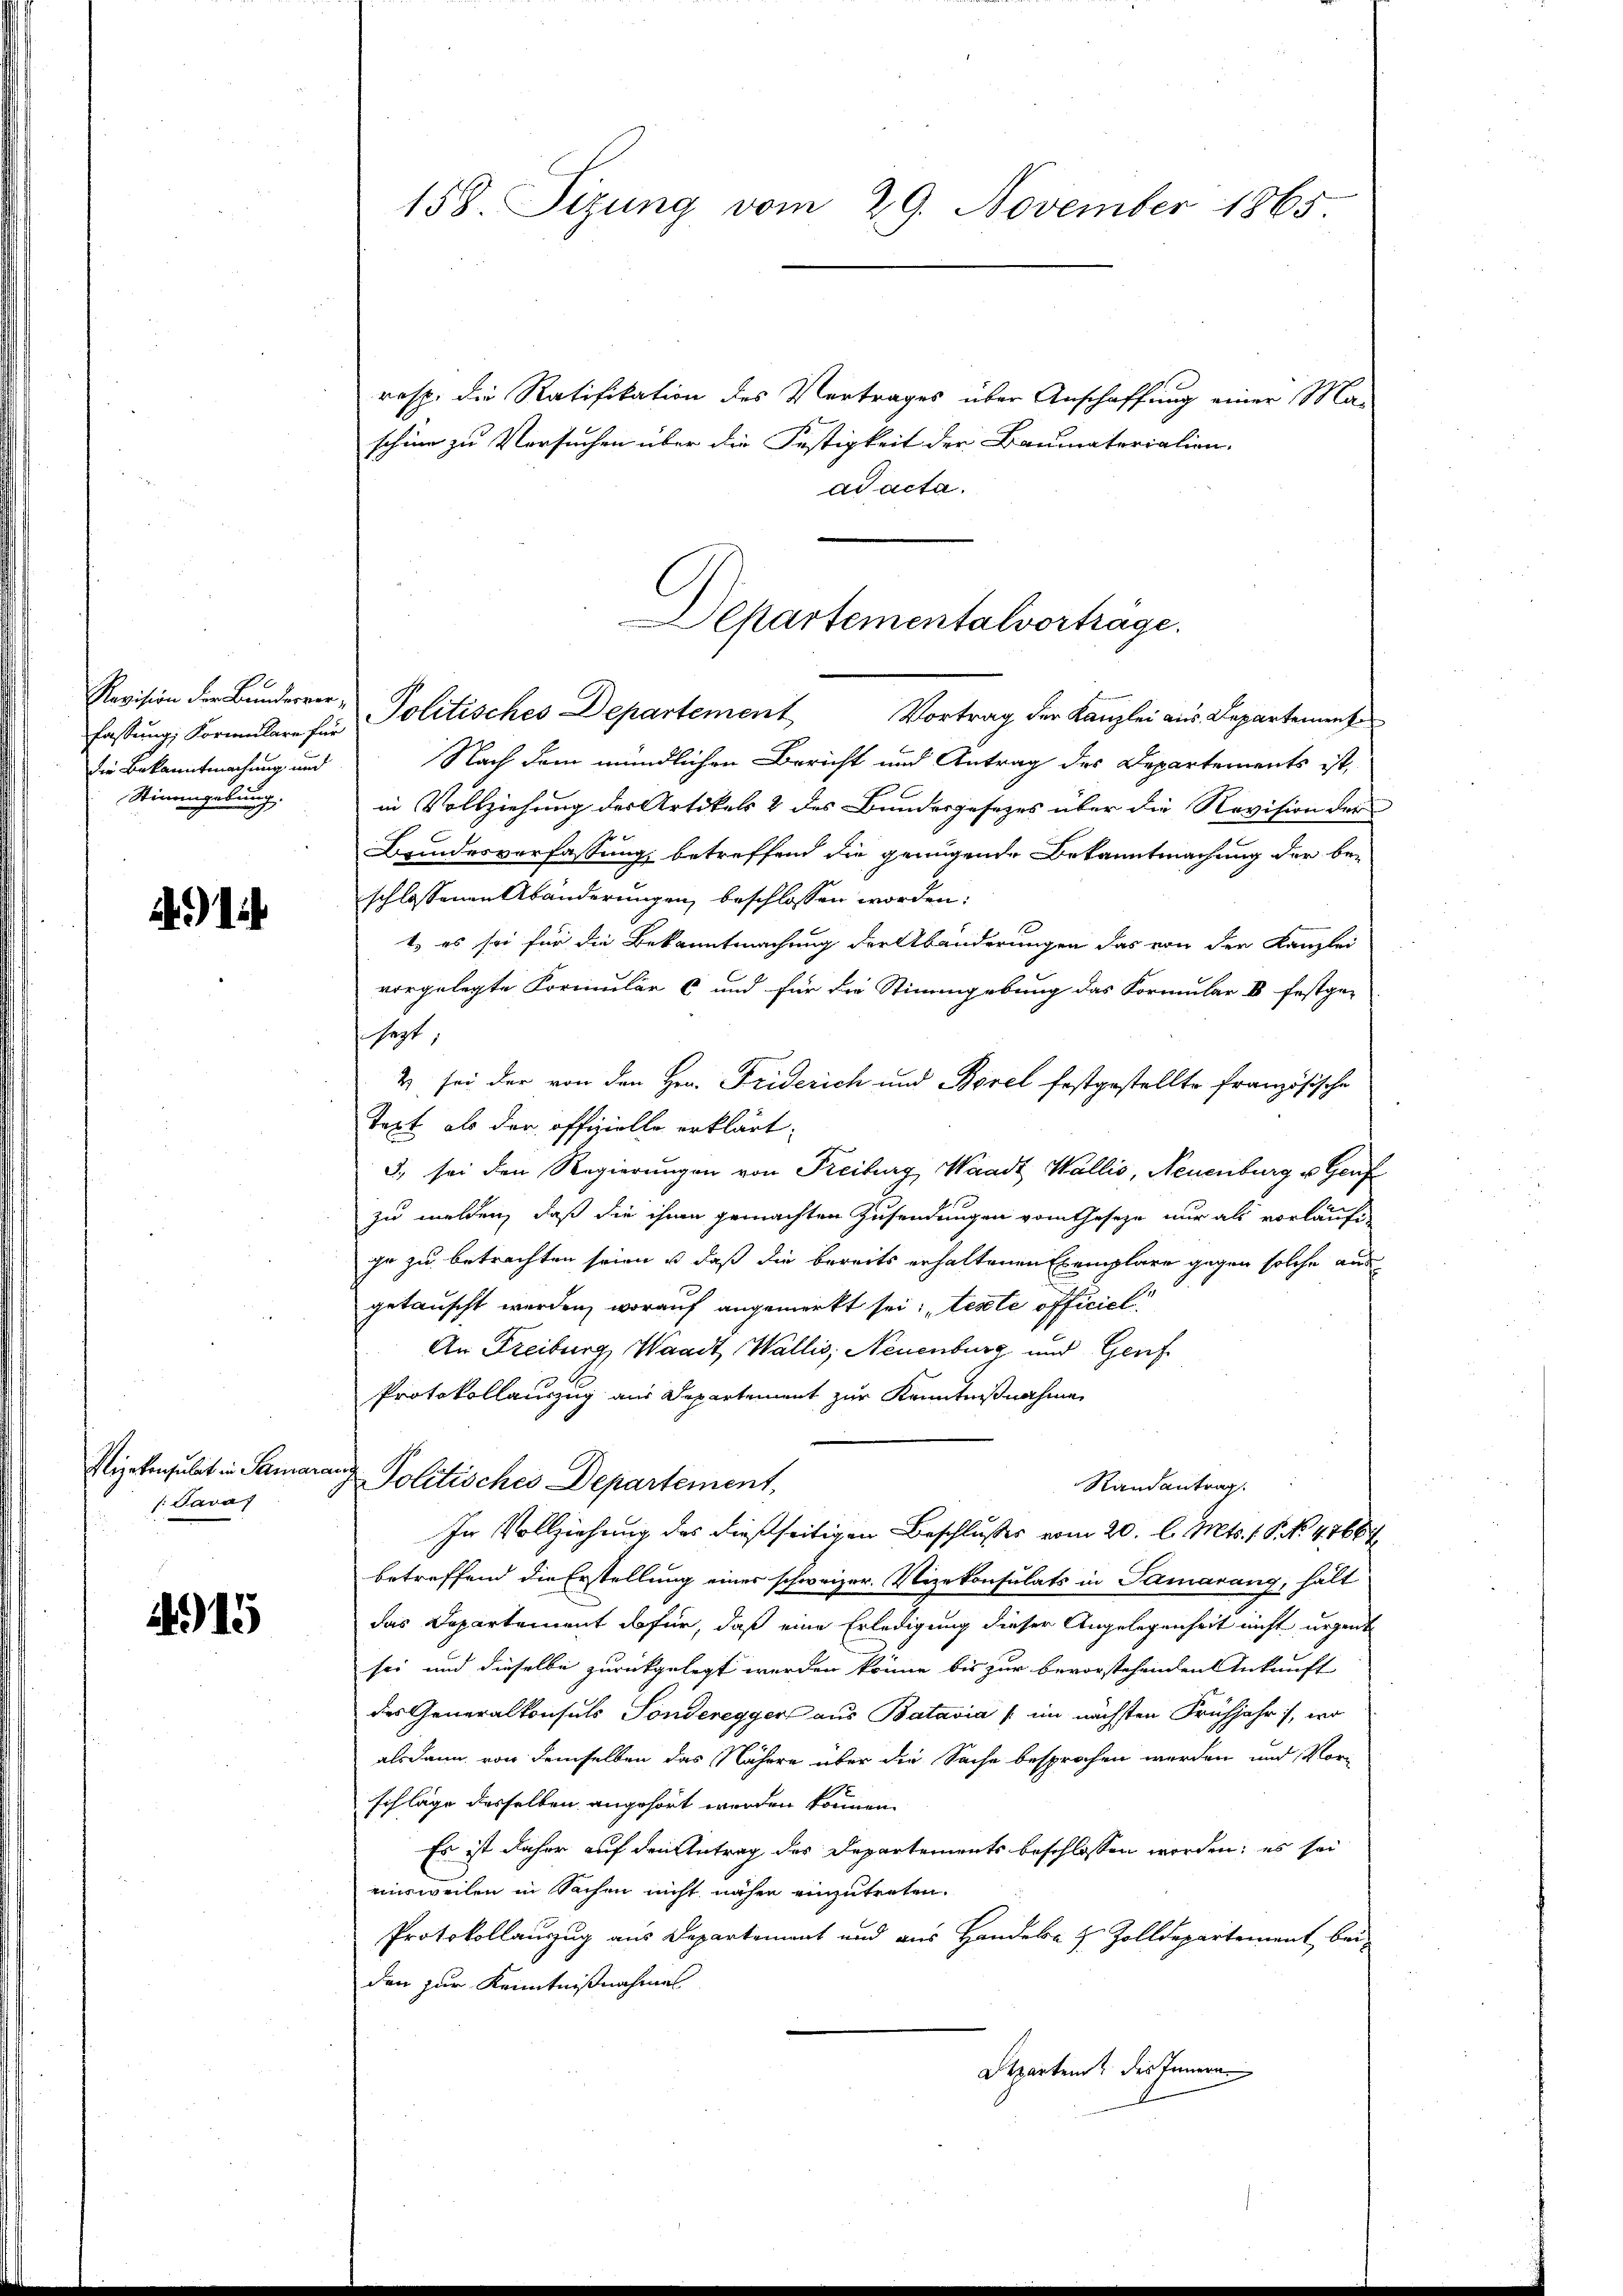
Revision der Bunderverdie Bekanntmachung und
Stimmgebung.

i

Vizekonsulat in Samaran
/: Java

415

158. Sizung vom 29. November 1865.

rasp. die Ratifikation des Vertrages über Anschaffung einer Ma-
schine zu Versuchen über die Festigkeit der Baumaterialien-
ad acta.
fassung, Formulare für Politisches Departement Vortrag der Kanzlei aus Departement
Nach dem mündlichen Bericht und Antrag des Departements ist,
in Vollziehung des Artikels & des Bundesgesezes über die Revision der
Beindesverfassung, betreffend die genügende Bekanntmachung der be-
schlossenen Abänderungen beschlossen worden.
t, es sei für die Bekanntmachung der Abänderungen das von den Kanzlei
vorgelegte Formular 6 und für die Stimmgebung das Formular II festge-
sagt,
2 sei der von den Hrn. Friderich und Borel festgestellte Französische
Text als der offizielle erklärt:
3., sei den Regierungen von Freiburg, Waadt Wallis, Neuenburg u. Genf
zu melden, daß die ihnen gemachten Zusendungen vom Geseze nur als vorläufiihr zu betrachten seien, u. daß die bereits erhaltenen Exemplare gegen solche aus
getauscht werden, worauf angemerkt sei, „teste officiel
An Freiburg, Waadt, Wallis, Neuenburg und Genf
Protokollauszug aus Departement zur Kenntnißnahme
Politisches Departement,
Randantrag
In Vollziehung des dießseitigen Beschlußes vom 20. l. Mts. 15. No. 47664
betreffend die Erstellung einer schweizer. Vizekonsulats in Samarang, hält
das Departement dafür, daß eine Erledigung dieser Angelegenheit nicht urgente
sei und dieselbe zurückgelegt werden könne bis zur bevorstehenden Ankunft
des Generalkonsuls Sonderegger aus Batavia (im nächsten Frühjahr, wo
alsdann, von demselben das Nähere über die Sache besprochen werden und Vor¬
8
schlage desselben angehört werden können.
Es ist daher auf den Antrag des Departements beschlossen worden; es sei
einsweilen in Sachen nicht näher einzutreten.
Protokollauszug aus Departement und aus Handeln & Zolldepartement bei-
den zur Kenntnißnahmes
Departem des Innern

Departementalvorträge.